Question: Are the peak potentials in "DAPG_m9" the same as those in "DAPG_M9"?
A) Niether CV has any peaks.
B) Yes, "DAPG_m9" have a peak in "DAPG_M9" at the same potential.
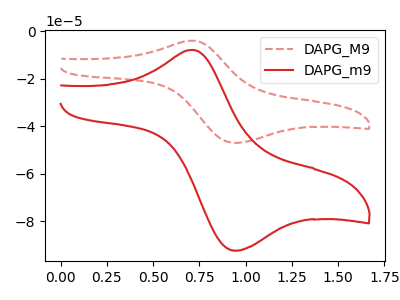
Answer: <think>The red dashed curve "DAPG_M9" has an anodic peak at (0.70V, -4.00uA) and a cathodic peak at (0.95V, -46.95uA). The red curve "DAPG_m9" has an anodic peak at (0.70V, -7.85uA) and a cathodic peak at (0.95V, -92.25uA).</think>
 <answer>B) Yes, "DAPG_m9" have a peak in "DAPG_M9" at the same potential.</answer>
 <eval>B</eval>